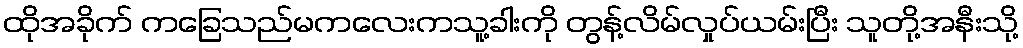
ထိုအခိုက် ကခြေသည်မကလေးကသူ့ခါးကို တွန့်လိမ်လှုပ်ယမ်းပြီး သူတို့အနီးသို့